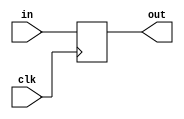
`timescale 1ns / 1ps
//////////////////////////////////////////////////////////////////////////////////
// Company:
// Engineer:
//
// Design Name:
// Module Name: DataReg
// Project Name:
// Target Devices:
// Tool Versions:
// Description:
//
// Dependencies:
//
// Revision:
// Revision 0.01 - File Created
// Additional Comments:
//
//////////////////////////////////////////////////////////////////////////////////


module DataReg(clk, in, out);
  input clk;
  input [31:0] in;
  output reg[31:0] out;
  
  always @(posedge clk) begin
    out = in;
  end
endmodule